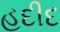
હદીદ